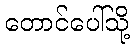
တောင်ပေါ်သို့